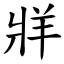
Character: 牂